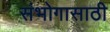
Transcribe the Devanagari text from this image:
संभोगासाठी